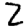
Digit: 2